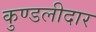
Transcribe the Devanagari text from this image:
कुण्डलीदार